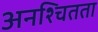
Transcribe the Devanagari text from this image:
अनश्चितता